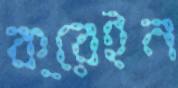
ক্রেইন